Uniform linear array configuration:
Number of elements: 32
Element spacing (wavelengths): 0.75
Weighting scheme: kaiser
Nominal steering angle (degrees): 0
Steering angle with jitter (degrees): -0.2116
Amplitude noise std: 0.05
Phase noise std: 0.05

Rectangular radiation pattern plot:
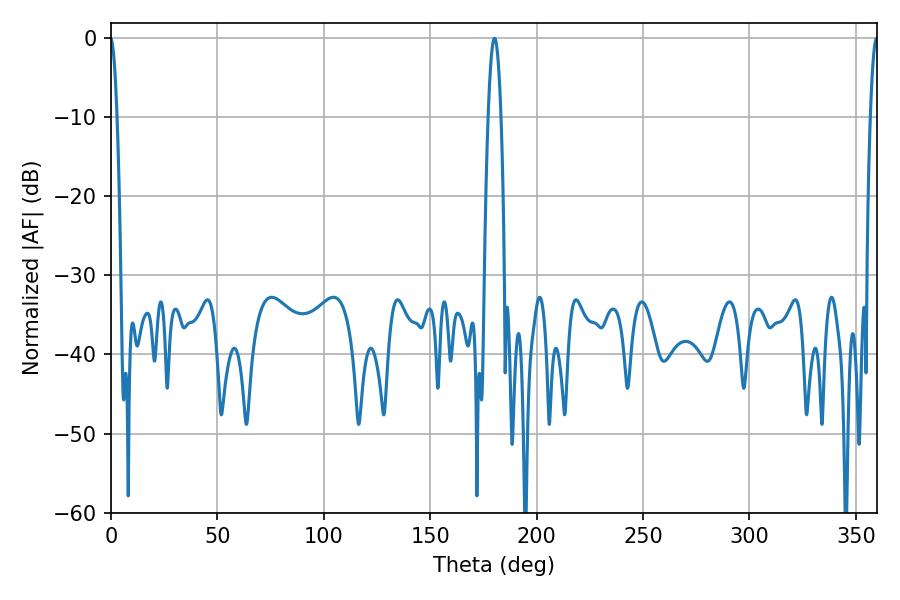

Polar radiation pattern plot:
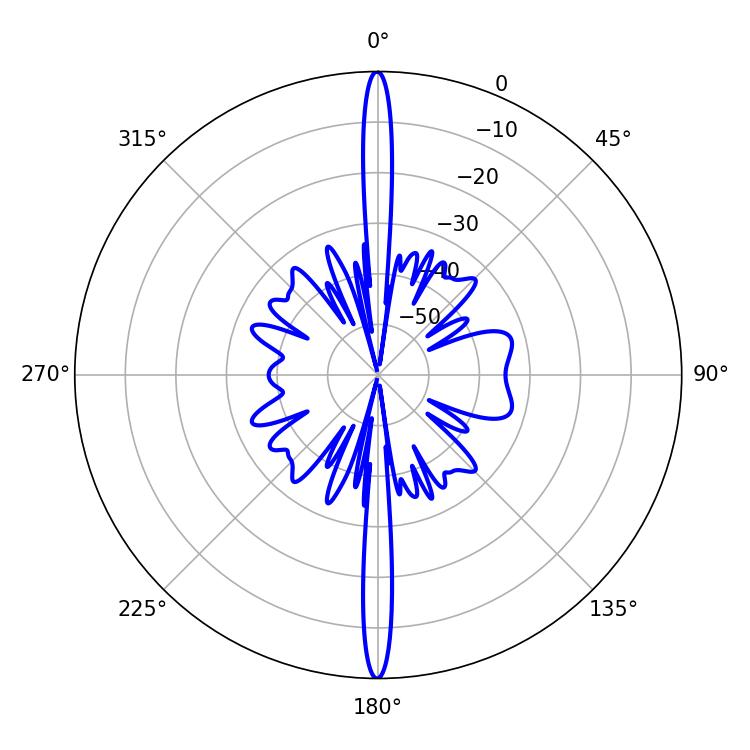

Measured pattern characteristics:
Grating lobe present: TRUE
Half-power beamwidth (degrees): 3.24
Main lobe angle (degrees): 180.18